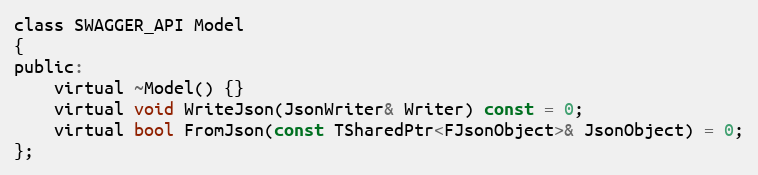
Language: C
class SWAGGER_API Model
{
public:
	virtual ~Model() {}
	virtual void WriteJson(JsonWriter& Writer) const = 0;
	virtual bool FromJson(const TSharedPtr<FJsonObject>& JsonObject) = 0;
};